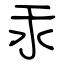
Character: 汞